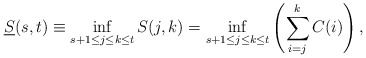
\begin{align*}\underline{S}(s,t) \equiv \inf_{{s+1}\le{j}\le{k}\le{t}}S(j,k) = \inf_{{s+1}\le{j}\le{k}\le{t}}\left(\sum\limits_{i=j}\limits^{k}{C(i)}\right),\end{align*}